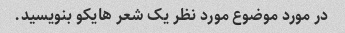
در مورد موضوع مورد نظر یک شعر هایکو بنویسید.